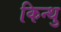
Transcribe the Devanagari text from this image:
किन्थु